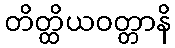
တိတ္ထိယဝတ္တာနိ